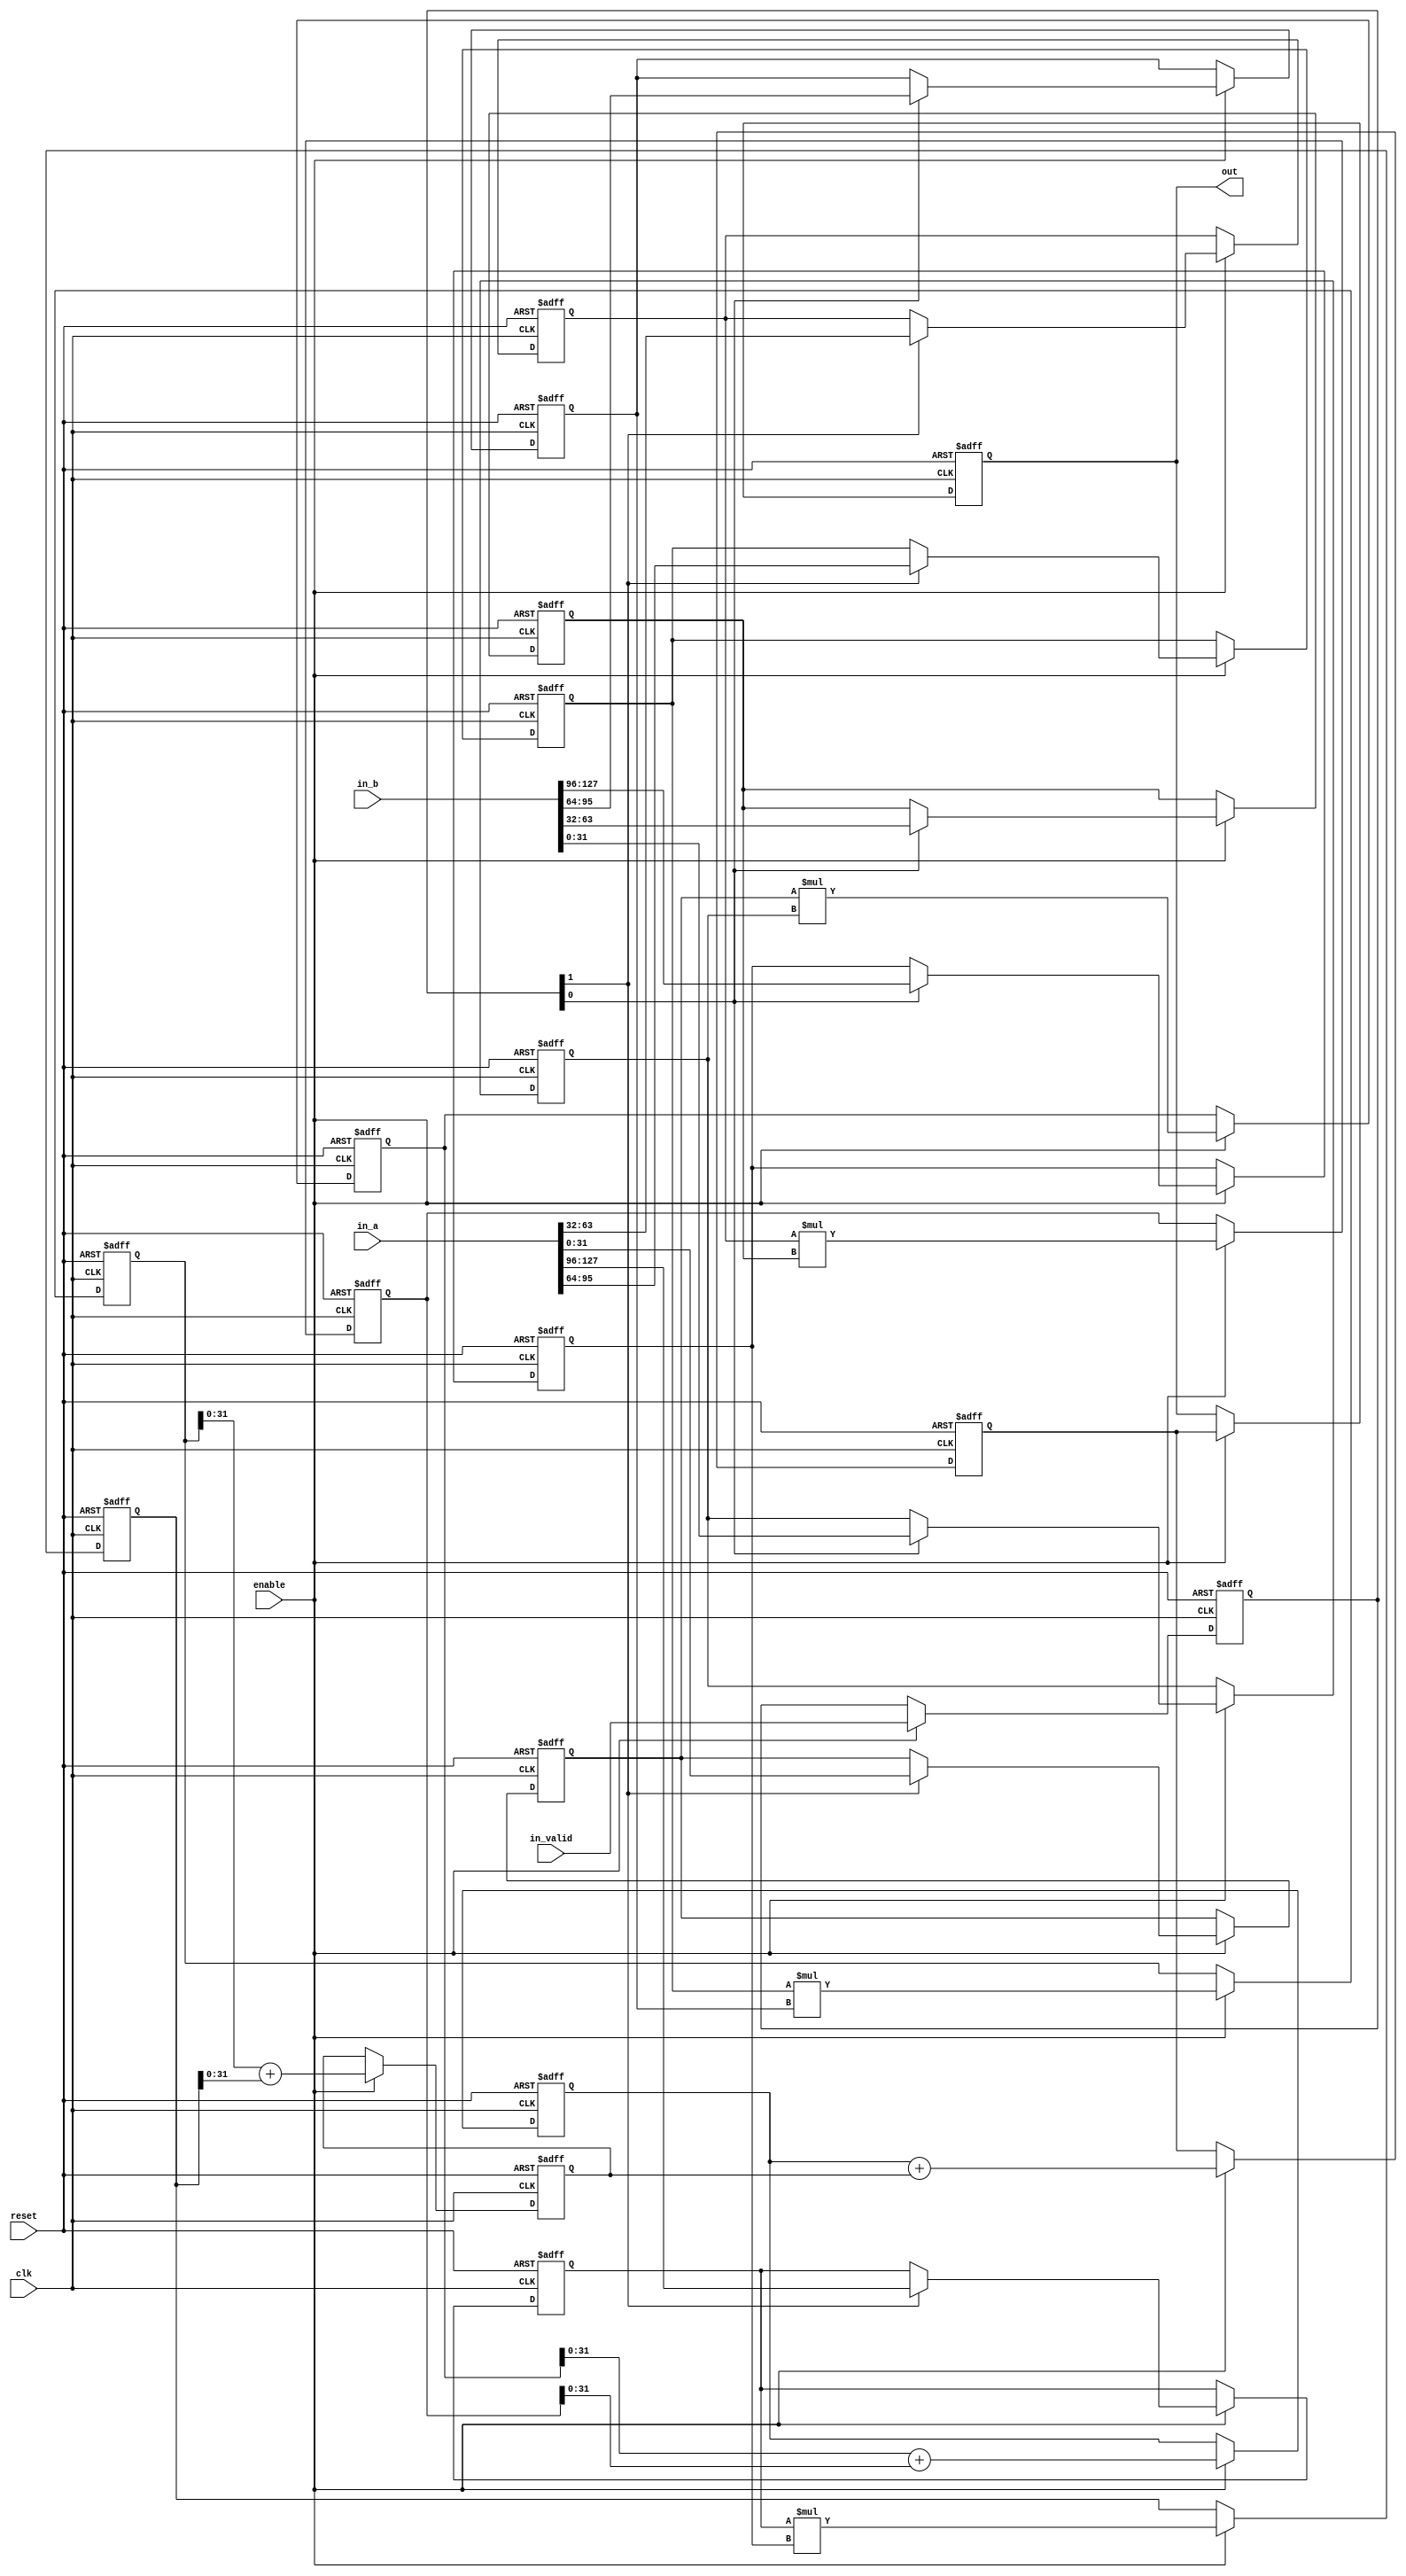
`timescale 1ns / 1ps
//////////////////////////////////////////////////////////////////////////////////
// Company:
//
// Design Name:
// Module Name: core
// Project Name:
// Target Devices:
// Tool Versions:
// Description:
//
// Dependencies:
//
// Revision:
// Revision 0.01 - File Created
// Additional Comments:
//
//////////////////////////////////////////////////////////////////////////////////


// parallel 4 4 4, 8bit

module dp_unit
#(parameter N_MUL = 4,
  parameter DW_MUL = 32, DW_ADD = 32,

  parameter DW_IN = DW_MUL * N_MUL)
(
  input                       clk,
  input                       reset,
  input                       enable,
  input signed [DW_IN-1:0]    in_a,
  input signed [DW_IN-1:0]    in_b,
  input [1:0]                 in_valid,
  output signed [DW_ADD-1:0]  out
  // output out_valid
);


  localparam addin_beg = (N_MUL/2)-1;
  integer i;

  // one level input and output
  reg signed [DW_MUL-1:0]   reg_multiplier_ia [N_MUL-1:0];
  reg signed [DW_MUL-1:0]   reg_multiplier_ib [N_MUL-1:0];
  reg signed [2*DW_MUL-1:0] reg_multiplier_o  [N_MUL-1:0];
  reg signed [DW_ADD-1:0]   reg_adder_o       [N_MUL-1:0];
  // in_valid align to input, but don't know why
  reg [1:0]                 reg_in_valid;

  assign out = reg_adder_o[N_MUL-1];

  always @(posedge reset or posedge clk) begin
    if (reset) begin : init_block
      for (i=0; i<N_MUL; i=i+1) begin
        reg_multiplier_ia[i] <= 0;
        reg_multiplier_ib[i] <= 0;
        reg_multiplier_o[i] <= 0;
        reg_adder_o[i] <= 0;
        reg_in_valid <= 0;
      end
    end
    else begin
      if (enable) begin : calc_block
        // muliple
        for (i=0; i<N_MUL; i=i+1) begin
          reg_multiplier_o[i] <= reg_multiplier_ia[i] * reg_multiplier_ib[i];
        end
        // adder tree for muliple level
        for (i=0; i<N_MUL/2; i=i+1) begin
          reg_adder_o[i+addin_beg] <= reg_multiplier_o[2*i] + reg_multiplier_o[2*i+1];
        end
        // adder tree for other level
        for (i=0; i<addin_beg; i=i+1) begin
          reg_adder_o[i] <= reg_adder_o[2*i+1] + reg_adder_o[2*i+2];
        end

        reg_adder_o[N_MUL-1] <= reg_adder_o[0];

        if (reg_in_valid[1] == 1'b1) begin : write_ia_block
          integer i_v1;
          for (i_v1=0; i_v1<N_MUL; i_v1=i_v1+1) begin
            reg_multiplier_ia[i_v1] <= in_a[i_v1*DW_MUL+:DW_MUL];
          end
        end
        if (reg_in_valid[0] == 1'b1) begin : write_ib_block
          integer i_v0;
          for (i_v0=0; i_v0<N_MUL; i_v0=i_v0+1) begin
            reg_multiplier_ib[i_v0] <= in_b[i_v0*DW_MUL+:DW_MUL];
          end
        end
        reg_in_valid <= in_valid;

      end
    end

  end

endmodule